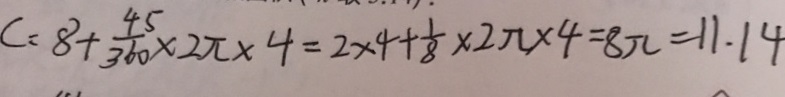
C = 8 + \frac { 4 5 } { 3 6 0 } \times 2 \pi \times 4 = 2 \times 4 + \frac { 1 } { 8 } \times 2 \pi \times 4 = 8 \pi = 1 1 . 1 4